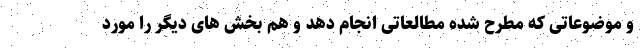
و موضوعاتی که مطرح شده مطالعاتی انجام دهد و هم بخش های دیگر را مورد